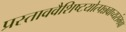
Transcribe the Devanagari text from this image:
प्रस्ताववैशिष्टयोत्पन्नवाच्यसंभवा